Report on sanitation, dispensaries, and jails in Rajputana for 1920, and on vaccination for the year 1920-1921 - 1920-1921
Year: 1920
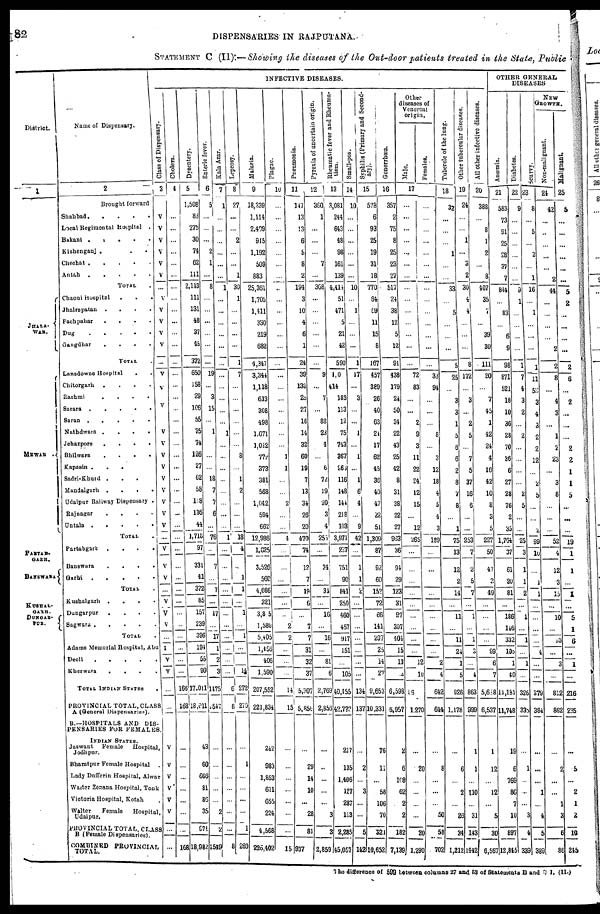
82
DISPENSARIES IN RAJPUTANA.
STATEMENT C (II):—Showing the diseases of the Out-door patients treated in the State, Public
District.
1
JHALA-
WAR.
MEWAR .
PARTAB-
GARH.
BANSWARA
KUSHAL-
GARH.
DUNGAR-
PUR.
Name of Dispensary.
2
Brought forward
Shahbad
....
Local Regimental Hospital .
Bikani.....
Kishenganj .....
Chechat
.....
Antah .....
TOTAL.
Chaoni Hospital ...
Jhalrapatan
.
.
.
.
Pachpahar
....
Dug....
Gangdhar
.
.
.
.
TOTAL .
Lansdowne Hospital
..
Chitorgarh ....
Rashmi
....
Sarara
.....
Saran
.....
Nathdwara
....
Jehazpore....
Bhilwara
....
Kapasin
.
.
.
Sadri-Khurd ....
Mandalgarh
....
Udaipur Railway Dispensary .
Rajnagar
....
Untala
.....
TOTAL.
Partabgarh ....
Banswara
....
Garhi ....
TOTAL.
Kushalgarh....
Dungarpur ....
Sagwara ....
TOTAL.
Adams Memorial Hospital, Abu
Deoli
.
.
.
.
.
Kherwara
.
.
.
.
TOTAL INDIAN STATES.
PROVINCIAL TOTAL,CLASS
A (General Dispensaries).
B.—HOSPITALS AND DIS-
PENSARIES FOR FEMALES
INDIAN STATES.
Jaswant
Female
Hospital,
Jodhpur.
Bharatpur Female Hospital
.
Lady Dafferin Hospital, Alwar
Waiter Zenana Hospital, Tonk
Victoria Hospital, Kotah.
Walter
Female
Hospital,
Udaipur.
PROVINCIAL TOTAL, CLASS
B (Female Dispensaries).
COMBINED PROVINCIAL
TOTAL.
INFECTIVE DISEASES.
Class of Dispensary.
3
V
V
V
V
V
V
...
V
V
V
V
V
...
V
V
V
V
V
V
V
V
V
V
V
V
V
V
...
V
V
V
...
V
V
V
...
I
V
V
...
...
V
V
V
V
V
V
...
...
Cholera.
4
...
...
...
...
...
...
...
...
...
...
...
...
...
...
...
...
...
...
...
...
...
...
...
...
...
...
...
...
...
...
...
...
...
...
...
...
...
...
...
166
168
...
...
...
...
...
...
...
168
Dysentery.
5
1,508
83
275
30
74
62
111
2,143
111
131
48
37
45
372
650
158
29
106
55
75
74
126
27
62
58
118
136
44
1,718
97
331
41
372
85
157
239
396
191
55
99
17,011
18,011
43
60
666
81
86
35
971
18,982
Enteric fever.
6
5
...
...
...
2
1
...
8
...
...
...
...
...
...
19
...
3
15
...
1
...
...
...
18
7
7
6
...
76
...
7
...
7
...
17
...
17
1
2
3
1475
547
...
...
...
...
...
2
2
1549
Kala Azar.
7
1
...
...
...
...
...
...
1
...
...
...
...
...
...
...
...
...
...
...
1
...
...
...
...
...
...
...
...
1
...
...
...
...
...
...
...
...
...
...
...
6
8
...
...
...
...
...
...
...
8
Leprosy.
8
27
...
...
2
...
...
1
30
1
...
...
...
...
1
7
...
...
...
...
...
...
8
...
1
2
...
...
...
18
4
...
1
1
...
1
...
1
...
...
14
272
270
...
1
...
...
...
...
1
280
Malaria.
9
18,339
1,114
2,409
915
1,192
509
883
25,361
1,705
1,411
330
219
682
4,347
3,341
1,118
613
308
498
1,671
1,012
772
373
381
568
1,042
594
662
12,986
1,625
3,526
560
4,086
321
3,805
1,580
5,405
1,456
406
1,590
207,552
221,834
242
983
1,853
611
655
224
4,568
225,402
Plague.
10
...
...
...
...
...
...
...
..
...
...
...
...
...
...
...
...
...
...
...
...
...
1
1
...
...
2
...
...
4
...
...
...
...
...
...
2
2
...
...
...
14
15
...
...
...
...
...
...
...
15
Pneumonia.
11
147
13
13
6
5
8
2
194
3
10
4
6
1
24
39
138
25
27
16
14
32
60
19
7
13
34
26
20
470
74
12
7
19
6
...
7
7
31
32
37
5,307
5,850
...
29
14
10
...
28
81
937
Pyrexia of uncertain origin.
12
360
1
...
...
...
7
...
368
...
...
...
...
...
...
9
...
7
...
88
23
4
...
6
72
19
20
3
4
253
...
34
...
31
...
16
...
16
...
81
6
2,769
2,856
...
...
...
...
...
3
3
2,859
Rheumatic fever and Rheuma¬
tism.
13
3,081
244
643
48
98
161
139
4,414
51
471
5
21
42
590
100
414
183
113
12
75
743
367
261
116
148
144
218
103
3,971
227
751
90
841
250
460
457
917
151
...
105
40,455
42,772
217
135
1,406
127
287
113
2,285
45,057
Small-pox.
14
10
...
...
...
...
...
...
10
...
1
...
...
...
1
17
...
3
...
...
1
...
1
...
1
6
4
...
9
42
...
1
1
2
...
...
...
...
...
...
...
134
137
...
2
...
3
...
...
5
142
Syphilis (Primary and Second-
ary).
15
578
6
93
25
19
31
18
770
64
69
11
15
8
167
457
389
26
40
63
21
17
62
45
36
40
47
22
51
1,309
87
92
60
152
72
66
141
207
25
14
27
9,653
10,331
76
11
...
58
106
70
321
10,652
Gonorrhœa.
16
357
2
75
8
25
23
27
517
24
38
12
5
12
91
438
179
24
50
34
22
43
25
42
8
31
38
22
27
983
36
94
29
123
31
97
307
404
15
13
6,598
6,957
2
6
108
62
2
2
182
7,139
Other
diseases of
Venereal
origin.
Male.
Females.
17
...
...
...
...
...
...
...
...
...
...
...
...
...
...
72
83
...
...
2
9
3
11
22
24
12
15
...
12
265
...
...
...
...
...
...
...
...
...
12
10
16
1,270
...
20
...
...
...
...
20
1,290
...
...
...
...
...
...
...
...
...
...
...
...
...
...
33
94
...
...
...
8
...
3
12
18
4
5
4
3
189
...
...
...
...
...
...
...
...
...
2
4
642
644
...
8
...
...
...
50
58
702
Tubercle of the lung.
18
32
...
...
...
1
...
...
33
...
5
...
...
...
5
25
...
3
3
1
5
6
6
2
8
7
8
...
1
75
13
12
2
14
...
11
...
11
24
1
5
926
1,178
...
6
...
2
...
26
34
1,212
Other tubercular diseases.
19
24
...
...
1
...
3
2
30
4
4
...
...
...
8
172
...
3
...
2
5
...
7
5
37
16
6
...
...
253
7
2
5
7
...
1
...
1
3
...
4
863
999
1
1
...
110
...
31
143
1442
All other infective diseases.
20
388
...
8
1
2
...
8
407
35
7
...
39
30
111
20
...
7
45
1
42
24
4
16
42
10
8
3
5
227
50
47
2
49
...
...
...
...
99
6
7
5,618
6,537
1
12
...
12
...
5
30
6,567
OTHER GENERAL
DISEASES
Anæmia.
21
583
73
91
25
28
37
7
844
...
83
...
6
9
98
871
521
18
10
36
28
70
36
6
27
28
76
2
35
1,764
37
61
20
81
...
186
146
332
100
1
40
11,181
11,748
19
6
769
86
7
10
897
12,845
Diabetes.
22
9
...
...
...
...
...
...
9
1
...
...
...
...
1
7
4
3
2
...
2
...
...
...
...
2
5
...
...
25
3
1
1
2
...
1
...
1
...
1
...
326
335
...
1
...
...
...
3
4
339
Scurvy.
23
8
...
5
...
2
...
1
16
...
1
...
...
...
1
11
53
3
4
3
2
2
12
...
2
5
...
...
2
99
10
...
1
1
...
...
...
...
4
...
...
379
384
...
...
...
1
...
4
5
389
NEW
GROWTH.
Non-malignant.
24
42
...
..
...
...
...
2
44
...
...
...
...
2
2
8
...
4
3
...
1
2
23
...
3
8
...
...
...
52
4
12
3
15
...
10
...
10
...
3
...
812
862
...
2
...
...
1
3
6
86
Malignant.
25
5
...
...
...
...
...
...
5
2
...
...
...
...
2
6
...
2
...
...
...
2
2
1
1
5
...
...
...
19
1
1
...
1
...
5
1
6
...
1
...
216
235
...
5
...
2
1
2
10
245
The difference of 599 between columns 27 and 53 of Statements B and C I. (II.)